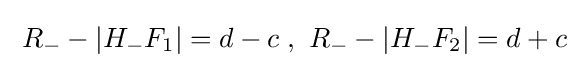
\;R_{-}-|H_{-}F_{1}|=d-c\;,\ R_{-}-|H_{-}F_{2}|=d+c\;